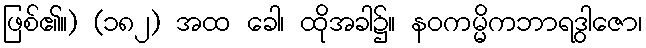
ဖြစ်၏။) (၁၈၂) အထ ခေါ၊ ထိုအခါ၌။ နဝကမ္မိကဘာရဒွါဇော၊